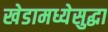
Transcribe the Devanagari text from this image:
खेडामध्येसुद्धा